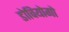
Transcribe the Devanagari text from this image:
डोवियोगो